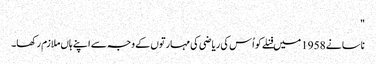
"
ناسا نے 1958 میں فنلے کو اُس کی ریاضی کی مہارتوں کے وجہ سے اپنے ہاں ملازم رکھا۔